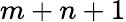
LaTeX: m+n+1